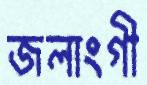
জলাংগী